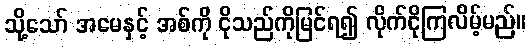
သို့သော် အမေနှင့် အစ်ကို ငိုသည်ကိုမြင်ရ၍ လိုက်ငိုကြလိမ့်မည်။